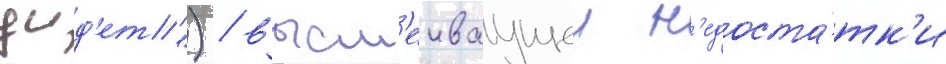
уид'ет") / высм'еиваущеи н'едоста́тк'и